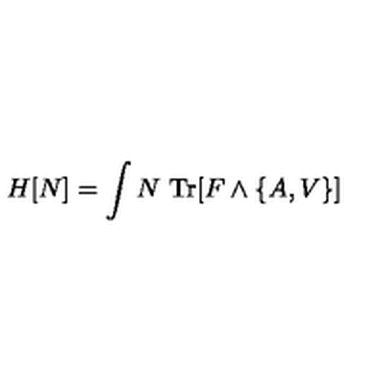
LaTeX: H [ N ] = \int N \ \mathrm { T r } [ F \wedge \{ A , V \} ]